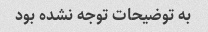
به توضیحات توجه نشده بود